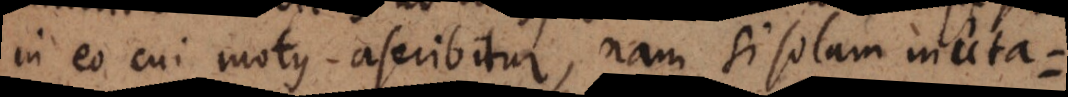
in eo cui motus ascribitur, nam si solam muta